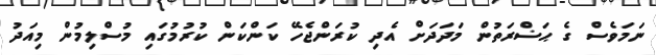
ނަމަވެސް ގެ ޙަޟްރަތުން މަދަދަށް އެދި ކުރަންޖެހޭ ކަންކަން ކުރުމުގައި މުސްލިމުން މިއަދު